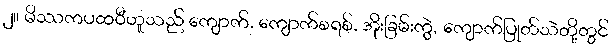
၂။ မိဿကပထဝီဟူသည် ကျောက်, ကျောက်စရစ်, အိုးခြမ်းကွဲ, ကျောက်ပြုတ်သဲတို့တွင်